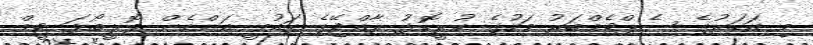
މި އަހަރުގެ ސެޕްޓެމްބަރު މަހުގެ ކުރީކޮޅު ރާއްޖޭގެ ގައުމީ އަންހެން ވޮލީބޯޅަ ޓީމް